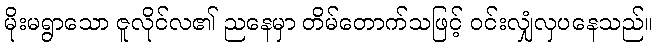
မိုးမရွာသော ဇူလိုင်လ၏ ညနေမှာ တိမ်တောက်သဖြင့် ဝင်းလျှံလှပနေသည်။